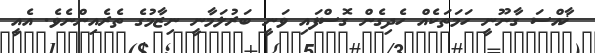
ޚާއްސަ ގާނޫނީ ހަމަތަކެއް ހެދިގެން ގޮސްފައި ވަނީ ބަރުލަމާނީ ނިޒާމުގެ ތެރެއިންނެވެ. އެއީ